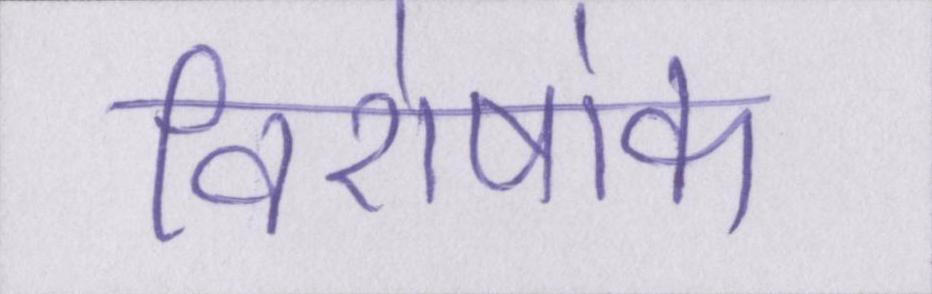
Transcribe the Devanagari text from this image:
विशेषांक